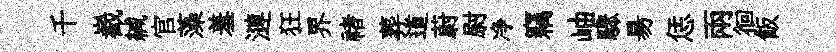
千嶻緘官藻羞漣狂界禇葬道蔚尉净竊岫驟昜恁兩徊飯